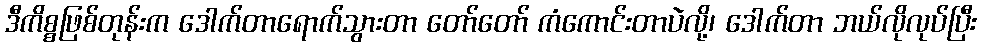
ဒီကိစ္စဖြစ်တုန်းက ဒေါက်တာရောက်သွားတာ တော်တော် ကံကောင်းတာပဲလို့၊ ဒေါက်တာ ဘယ်လိုလုပ်ပြီး